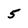
Character: 5